Plague in India, 1896, 1897 - Volume 1
Year: 1896
Disease focus: Plague
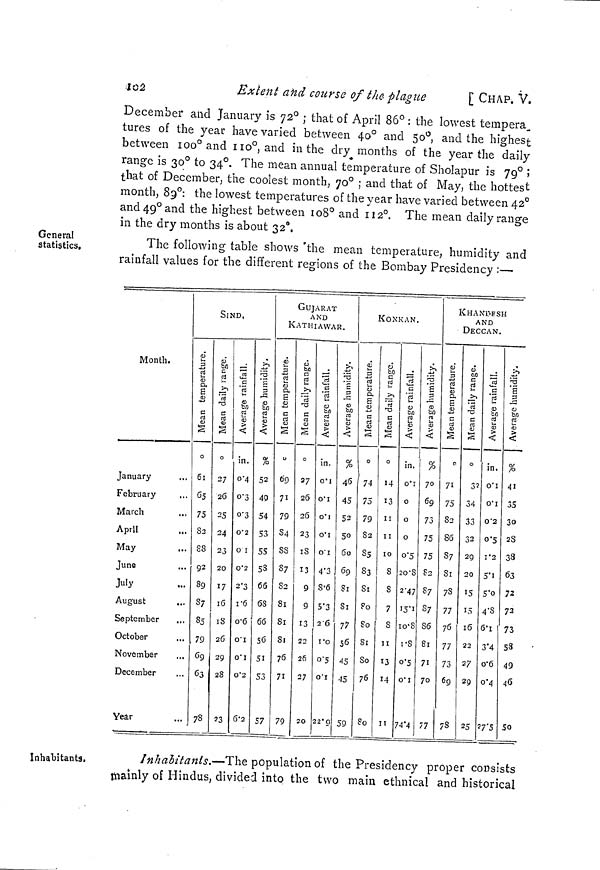
102
Exlent and course of the plague
[ CHAP. V.
December and January is 72° ; that of April 86° : the lowest tempera,
tures of the year have varied between 40° and 50°, and the highest
between 100° and 110°, and in the dry months of the year the daily
range is 30° to 34°. The mean annual temperature of Sholapur is 79° ;
that of December, the coolest month, 70° ; and that of May, the hottest
month, 89°: the lowest temperatures of the year have varied between 42°a
nd 49° and the highest between 108° and 112°. The mean daily range
in the dry months is about 32°.
General
statistics.
The following table shows the mean temperature, humidity and
rainfall values for the different regions of the Bombay Presidency :—
Month.
January
February
March
April
May
...
June
July
August
September
October
November
December
Year
SIND.
Mean temperature.
o
61
65
75
82
SS
92
89
S7
S5
79
69
63
78
Mean daily range.
O
27
26
25
24
23
20
17
16
18
26
29
28
23
Average rainfall.
in.
0·4
0·3
0·3
0·2
0 I
0·2
2'3
1·6
0·6
0·1
0·1
0·2
6·2
Average humidity.
%
52
49
54
53
55
5S
66
68
66
56
5l
53
57
GUJARAT
AND
KATHIAWAR.
Mean temperature.
»
69
71
79
84
SS
S7
82
81
81
81
76
71
79
Mean daily range.°2
7
26
26
23
IS
13
9
9
13
22
26
27
20
Average rainfall.
in.
0·1
0·1
0·1
0·1
0·1
4·3
8·6
5·3
2 6
1·0
0·5
0·1
22·0
Average humidity.
%
46
45
52
50
60
69
81
81
77
56
45
45
59
KONKAN.
Mean temperature.
o
l
74
75
79
82
85
S3
81
Po
80
81
So
76
So
Mean daily range.
0
14
13
11
II
10
S
S
7
S
11
13
M
11
Mean daily range.
in.
0·1
0
o
0
0·5
20·8
2·47
05·1
10·8
1·8
0·5
0·1
74·4
Average humidity.
%
70
69
73
75
75
82
87
S7
86
81
71
70
77
KHANDESH
AND
DECCAN.
Mean temperature.
0
71
75
82
86
S7
81
7S
77
76
77
73
69
78
Mean daily range.
o
32
34
33
32
29
20
15
15
16
23
27
29
25
Average rainfall.
in.
0·1
0·1
0·2
0·5
1·2
5·1
5·0
4·8
6·1
3·4
0·6
0·4
27·5
Average humidity.
%
41
35
30
28
33
63
72
72
73
53
49
46
50
Inhabitants.
Inhabitants.—The population of the Presidency proper consists
mainly of Hindus, divided into the two main ethnical and historical